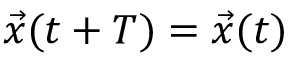
{ \vec { x } } ( t + T ) = { \vec { x } } ( t )